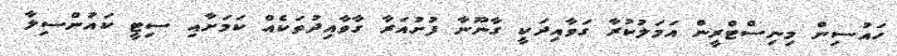
ހައުސިން މިނިސްޓްރީން އަމަލުކުރާ ގަވާއިދަކީ ގާނޫނާ ފުށުއަރާ ގާވާއިދުތަކެއް ކަމަށާއި ސިޓީ ކައުންސިލާ